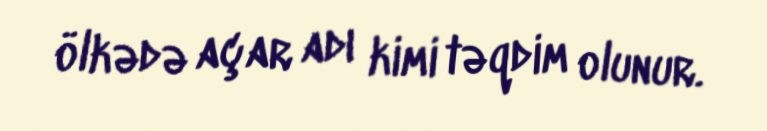
ölkədə açar adı kimi təqdim olunur.